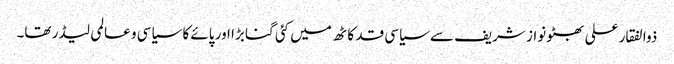
ذوالفقار علی بھٹو نواز شریف سے سیاسی قد کاٹھ میں کئی گنا بڑا اور پائے کا سیاسی و عالمی لیڈر تھا۔